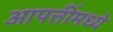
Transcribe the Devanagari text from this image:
आपत्तींमध्ये